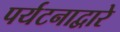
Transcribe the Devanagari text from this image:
पर्यटनाद्वारे